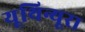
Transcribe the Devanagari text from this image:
यूथिन्यूरा